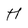
Character: H